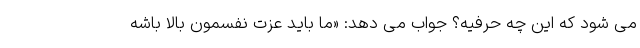
می شود که این چه حرفیه؟ جواب می دهد: «ما باید عزت نفسمون بالا باشه